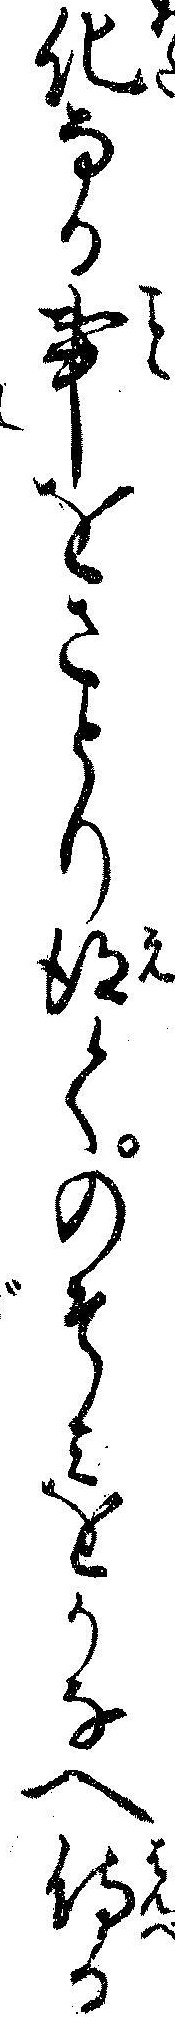
化なる事をさとり得てのそミをかなへ侍る